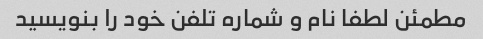
مطمئن لطفا نام و شماره تلفن خود را بنویسید